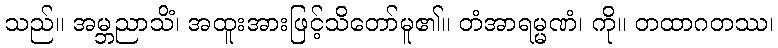
သည်။ အမ္ဘညာသိံ၊ အထူးအားဖြင့်သိတော်မူ၏။ တံအာရမ္မဏံ၊ ကို။ တထာဂတဿ၊